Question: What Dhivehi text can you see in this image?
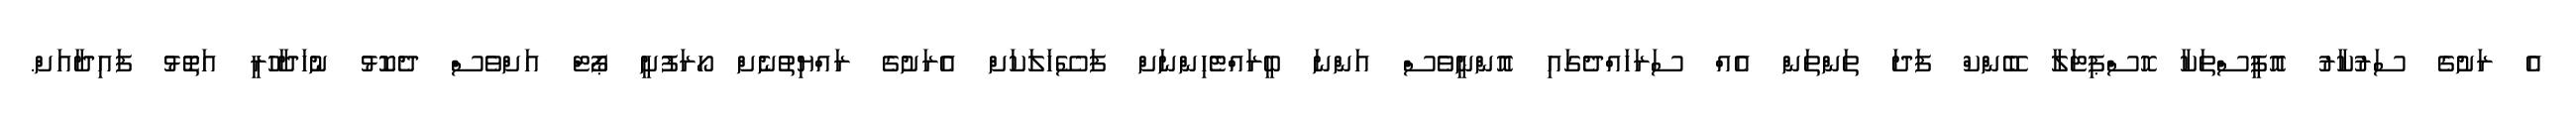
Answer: އެ ރަށުގެ ސަރުކާރު އޮފީސްތަކާ ހޮސްޕިޓަލާ ބޭންކް ފަދަ ތަންތަން އެއް ސަރަހައްދެގައި އޮންނީވެސް އަންނަ ބީރައްޓެހިންނަށް ފަސޭހަލަކަށް އެރަށުގެ ރައްޔިތުނެށް ހޯރަފުށީ ޕޯޓް އަށްވެސް ދެކޮޅު ނުހަދާހުރީ އަތޮޅު ފައިދާއަށް.